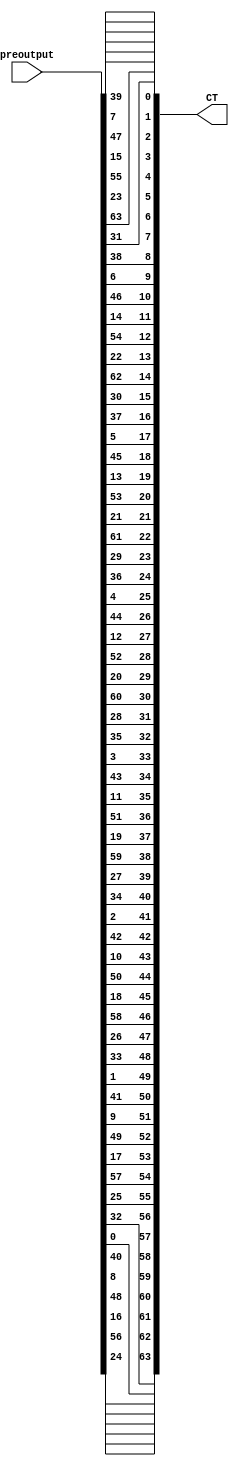
//Final permutation before the ciphertext is output.
//Again, only for obscurity, no actual cryptography happens here

module final_perm (CT, preoutput);

	input [63:0] preoutput;
	output [63:0] CT; //Final round text 
	
	//40 8 48 16 56 24 64 32 /*remember to subtract one so indicies are right*/
	assign CT[0] = preoutput[39];
	assign CT[1] = preoutput[7]; 
	assign CT[2] = preoutput[47];
	assign CT[3] = preoutput[15];
	assign CT[4] = preoutput[55];
	assign CT[5] = preoutput[23];
	assign CT[6] = preoutput[63];
	assign CT[7] = preoutput[31];
	
	//39 7 47 15 55 23 63 31
	assign CT[8] = preoutput[38];
	assign CT[9] = preoutput[6]; 
	assign CT[10] = preoutput[46];
	assign CT[11] = preoutput[14];
	assign CT[12] = preoutput[54];
	assign CT[13] = preoutput[22];
	assign CT[14] = preoutput[62];
	assign CT[15] = preoutput[30];
	
	//38 6 46 14 54 22 62 30
	assign CT[16] = preoutput[37];
	assign CT[17] = preoutput[5]; 
	assign CT[18] = preoutput[45];
	assign CT[19] = preoutput[13];
	assign CT[20] = preoutput[53];
	assign CT[21] = preoutput[21];
	assign CT[22] = preoutput[61];
	assign CT[23] = preoutput[29];
	
	//37 5 45 13 53 21 61 29
	assign CT[24] = preoutput[36];
	assign CT[25] = preoutput[4]; 
	assign CT[26] = preoutput[44];
	assign CT[27] = preoutput[12];
	assign CT[28] = preoutput[52];
	assign CT[29] = preoutput[20];
	assign CT[30] = preoutput[60];
	assign CT[31] = preoutput[28];
	
	//36 4 44 12 52 20 60 28
	assign CT[32] = preoutput[35];
	assign CT[33] = preoutput[3]; 
	assign CT[34] = preoutput[43];
	assign CT[35] = preoutput[11];
	assign CT[36] = preoutput[51];
	assign CT[37] = preoutput[19];
	assign CT[38] = preoutput[59];
	assign CT[39] = preoutput[27];
	
	//35 3 43 11 51 19 59 27
	assign CT[40] = preoutput[34];
	assign CT[41] = preoutput[2]; 
	assign CT[42] = preoutput[42];
	assign CT[43] = preoutput[10];
	assign CT[44] = preoutput[50];
	assign CT[45] = preoutput[18];
	assign CT[46] = preoutput[58];
	assign CT[47] = preoutput[26];
	
	//34 2 42 10 50 18 58 26
	assign CT[48] = preoutput[33];
	assign CT[49] = preoutput[1]; 
	assign CT[50] = preoutput[41];
	assign CT[51] = preoutput[9];
	assign CT[52] = preoutput[49];
	assign CT[53] = preoutput[17];
	assign CT[54] = preoutput[57];
	assign CT[55] = preoutput[25];
	
	//33 1 41 9 49 17 57 25 
	assign CT[56] = preoutput[32];
	assign CT[57] = preoutput[0]; 
	assign CT[58] = preoutput[40];
	assign CT[59] = preoutput[8];
	assign CT[60] = preoutput[48];
	assign CT[61] = preoutput[16];
	assign CT[62] = preoutput[56];
	assign CT[63] = preoutput[24];
	

endmodule